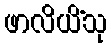
ဖာလိယိံသု